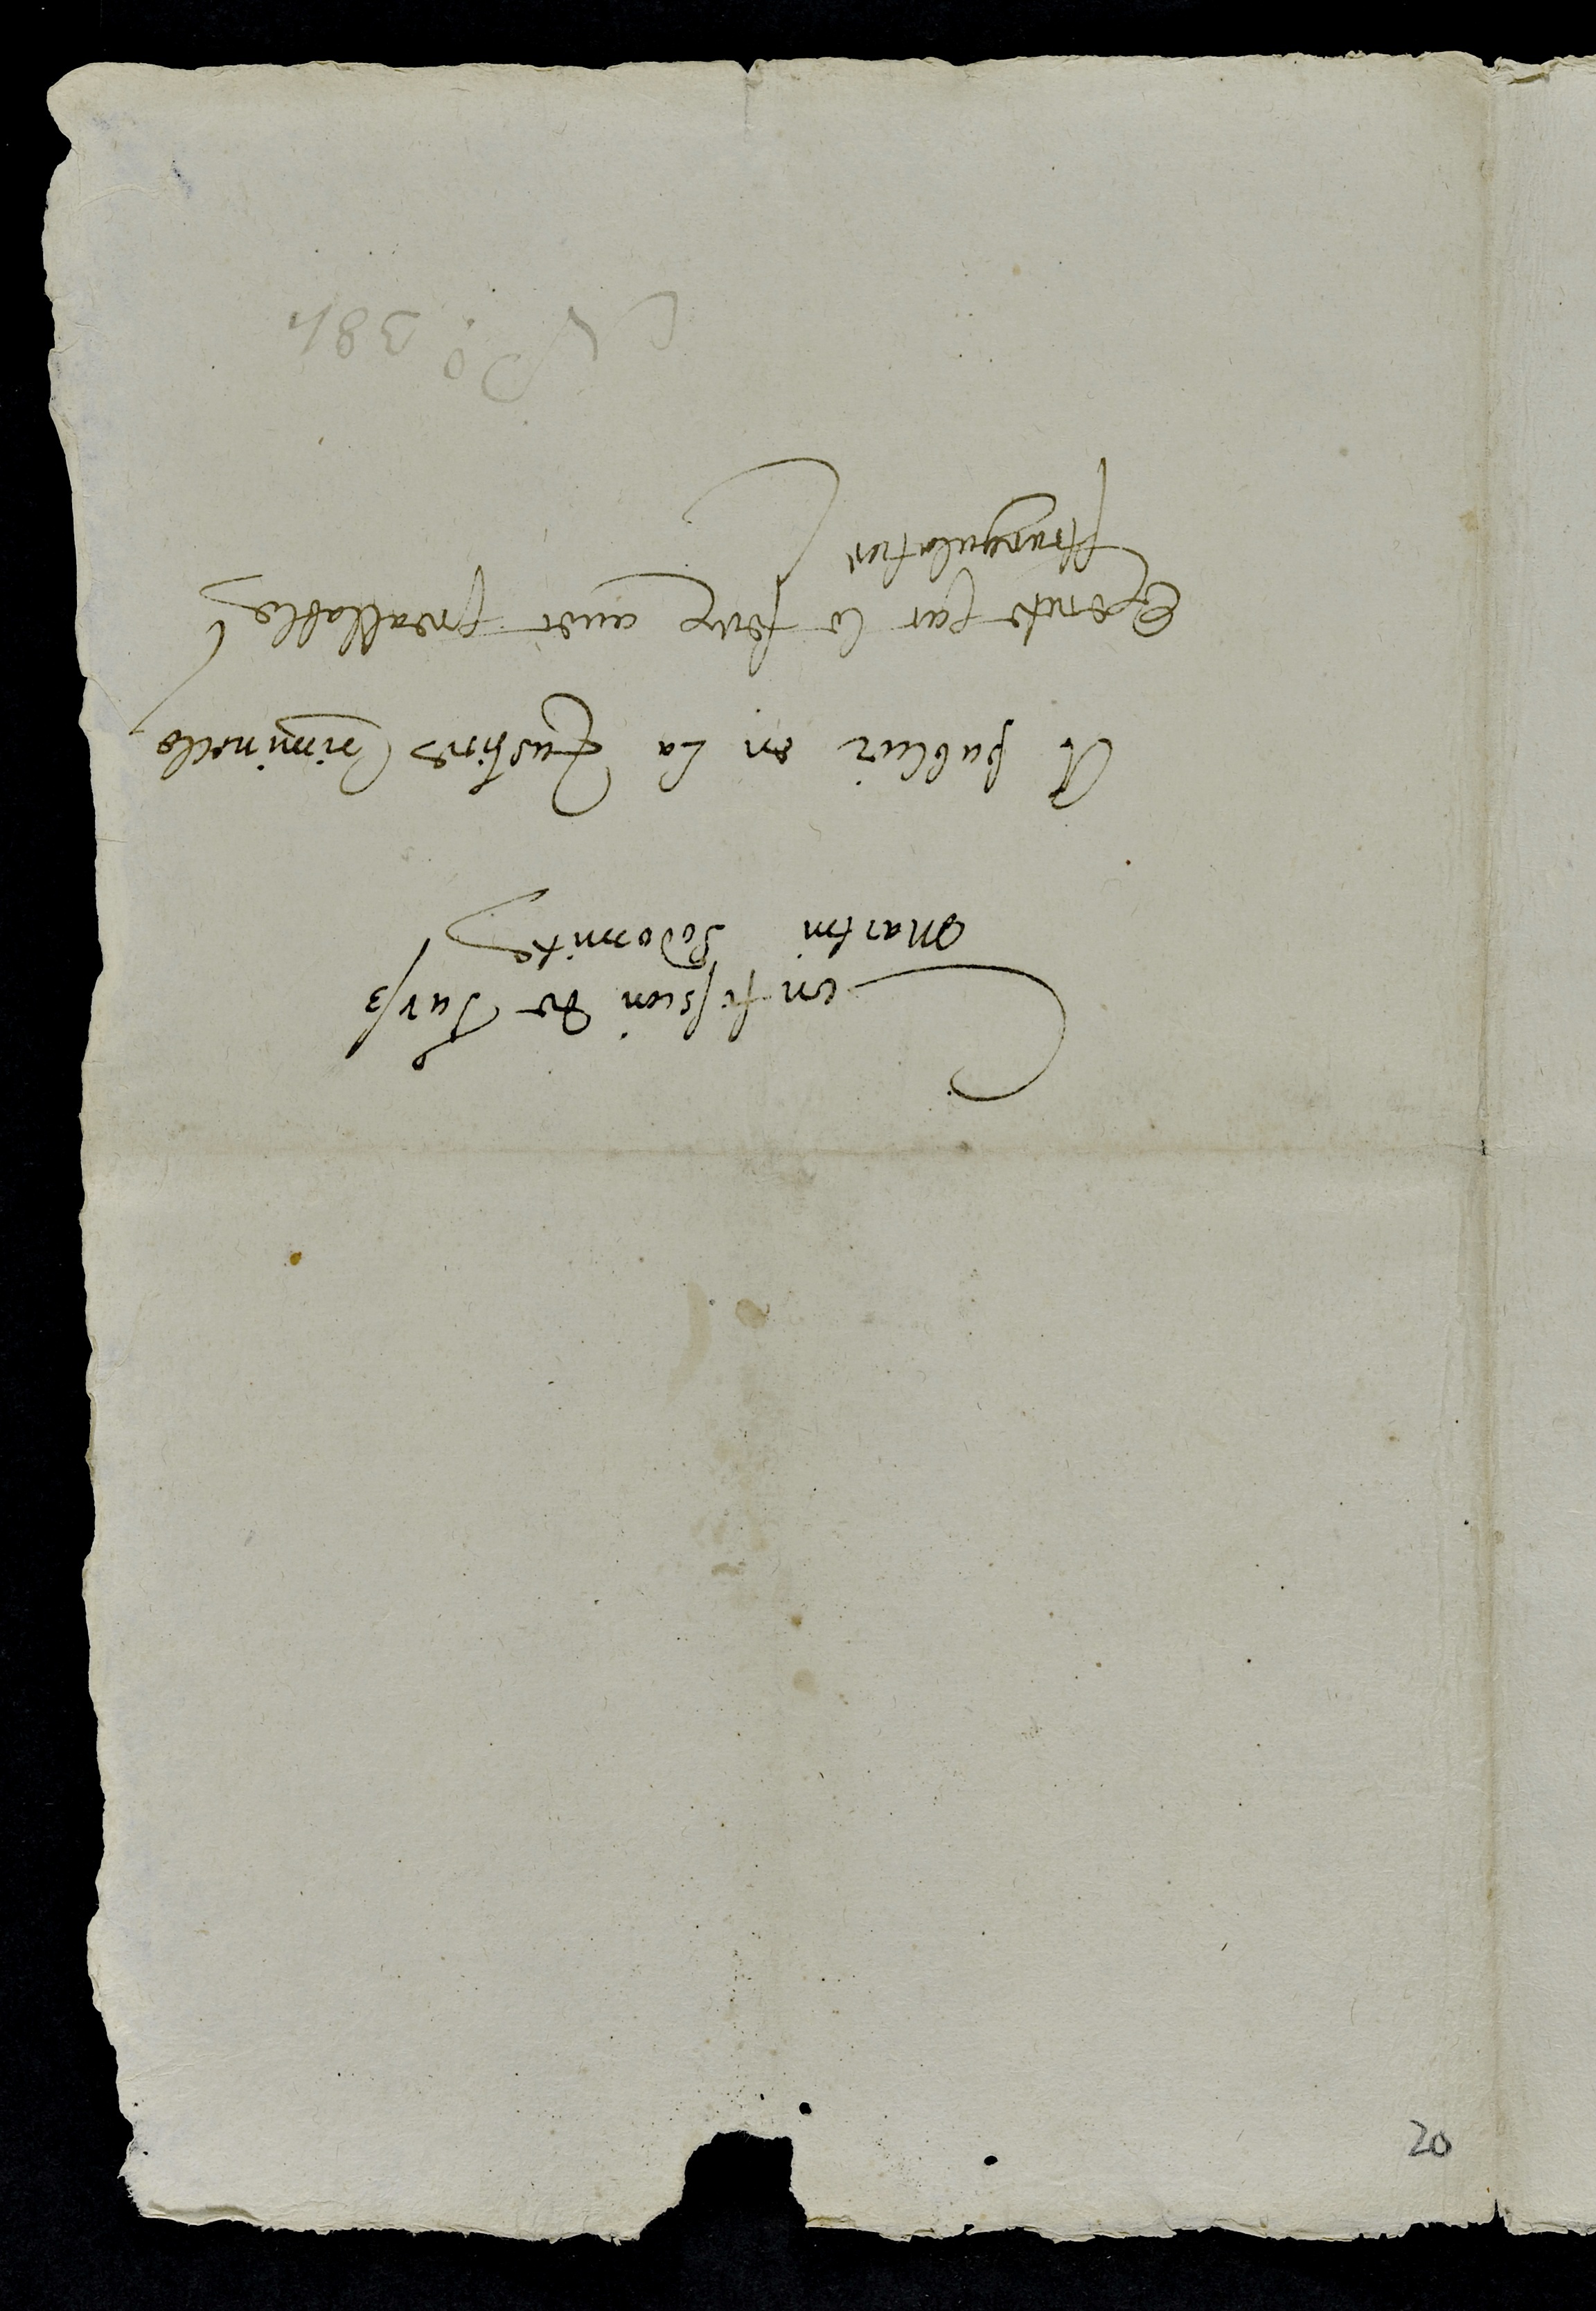
Confession de Turss
martin Sodomite
A publier en la Justice criminelle
Execute par le feux avec preallable
strangulation
N° 384

20